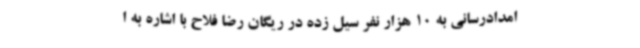
امدادرسانی به 10 هزار نفر سیل زده در ریگان رضا فلاح با اشاره به ا